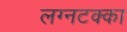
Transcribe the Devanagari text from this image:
लग्नटक्का